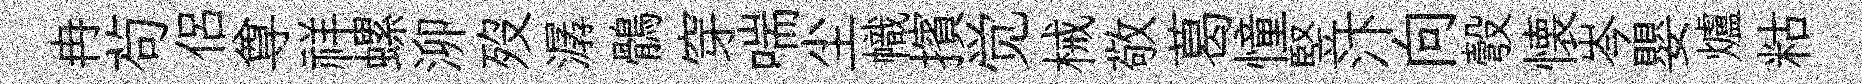
冉茍侣尊祥螺泖歿潺鶻穿喘尘幟擯觉械敬葛憧竪汴向彀懐岑嬰爐䊀